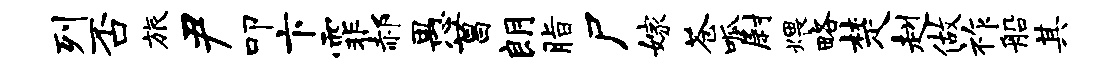
列否旅尹叩卞霏郝愚菖朗脂尸嫁苍呱尉煨略楚赳做祚船其